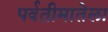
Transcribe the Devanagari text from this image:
पर्वतीमातेला